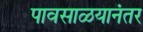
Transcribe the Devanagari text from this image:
पावसाळयानंतर